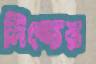
সিল্কের